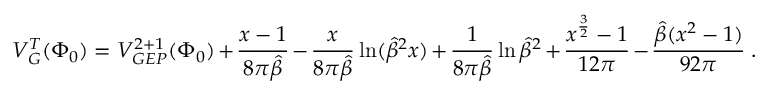
V _ { G } ^ { T } ( \Phi _ { 0 } ) = V _ { G E P } ^ { 2 + 1 } ( \Phi _ { 0 } ) + \frac { x - 1 } { 8 \pi \hat { \beta } } - { \frac { x } { 8 \pi \hat { \beta } } } \ln ( { \hat { \beta } } ^ { 2 } x ) + { \frac { 1 } { 8 \pi \hat { \beta } } } \ln { \hat { \beta } } ^ { 2 } + \frac { x ^ { \frac { 3 } { 2 } } - 1 } { 1 2 \pi } - \frac { \hat { \beta } ( x ^ { 2 } - 1 ) } { 9 2 \pi } \; .